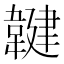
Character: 𲊤